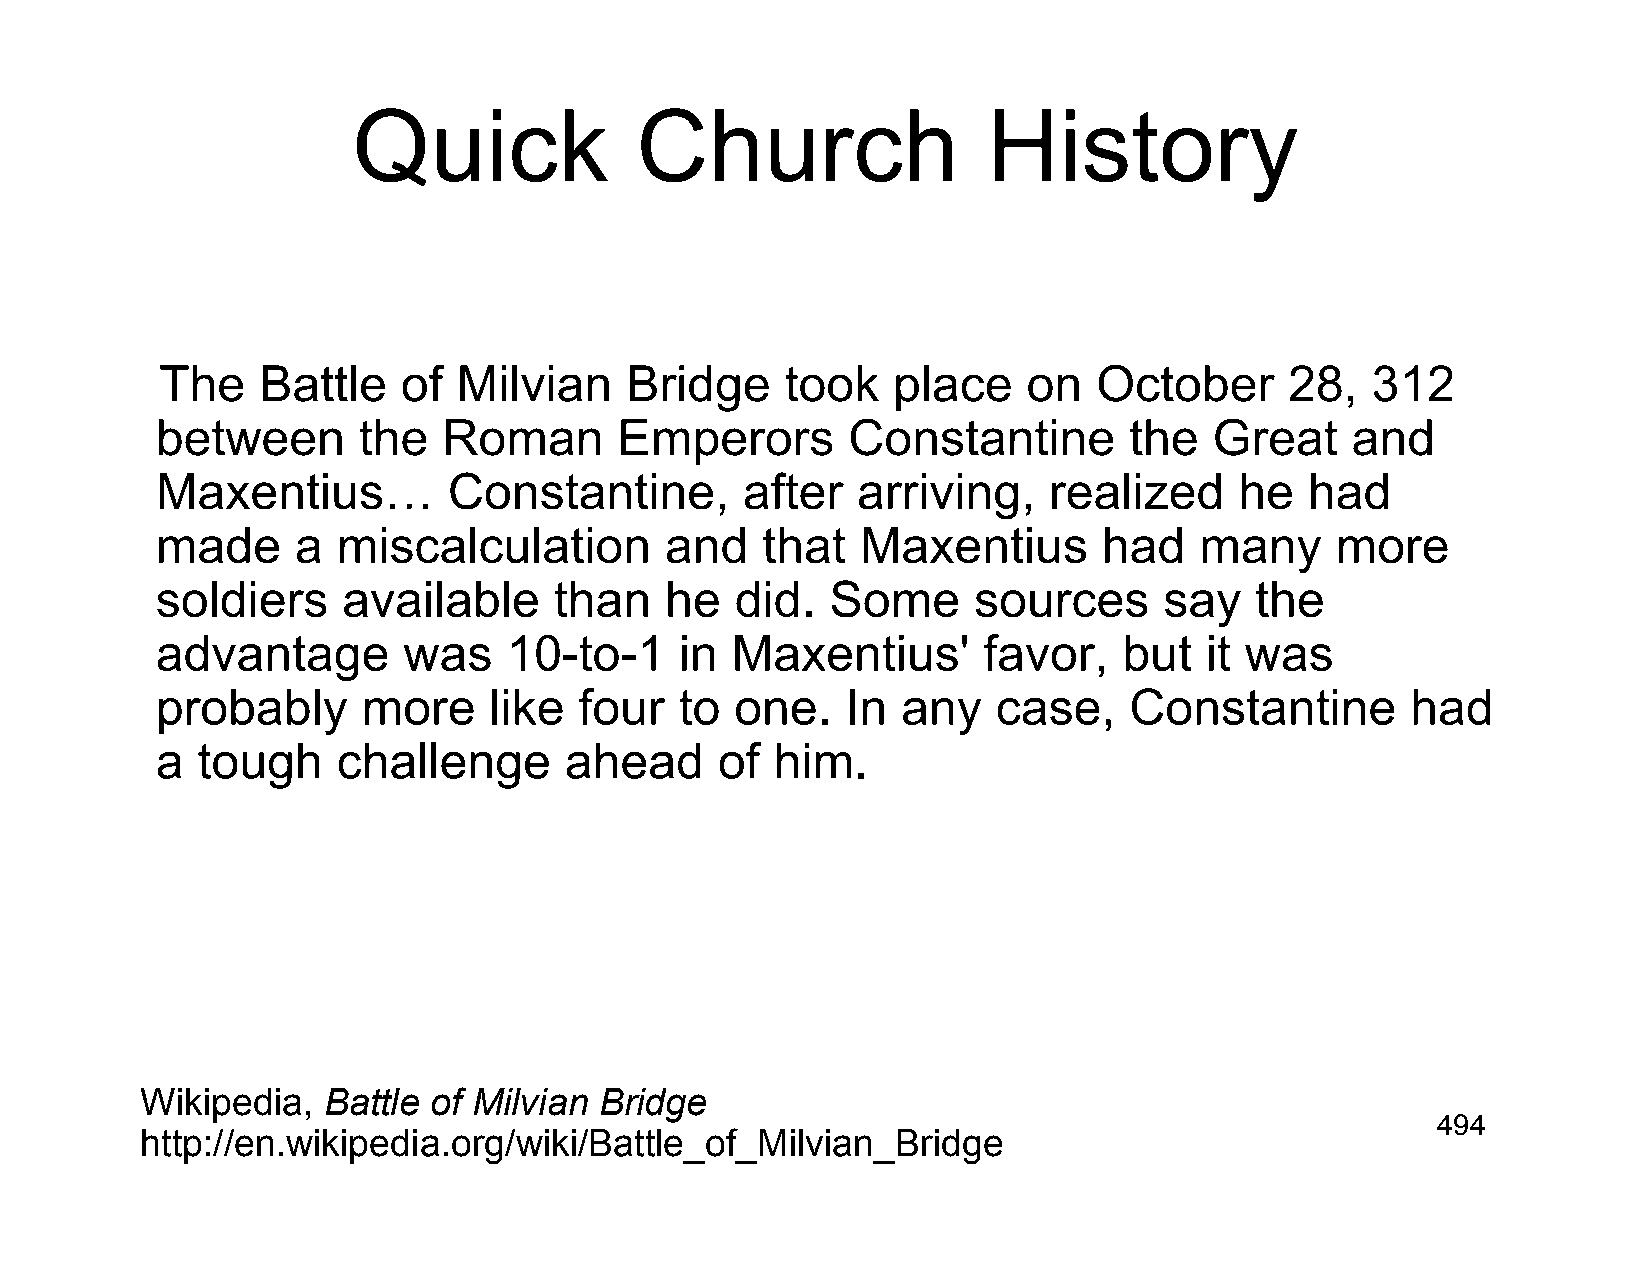
Quick              Church                 History
 The   Battle    of Milvian    Bridge     took   place    on   October     28,   312
 between       the  Roman       Emperors       Constantine        the  Great    and
 Maxentius…          Constantine,       after   arriving,   realized     he   had
 made      a miscalculation        and   that   Maxentius       had   many     more
 soldiers     available     than   he   did.  Some     sources      say   the
 advantage        was    10-to-1    in Maxentius'       favor,   but   it was
 probably      more    like  four   to  one.   In  any   case,    Constantine       had
 a  tough    challenge      ahead      of him.
 Wikipedia,  Battle of Milvian  Bridge
 494
 http://en.wikipedia.org/wiki/Battle_of_Milvian_Bridge